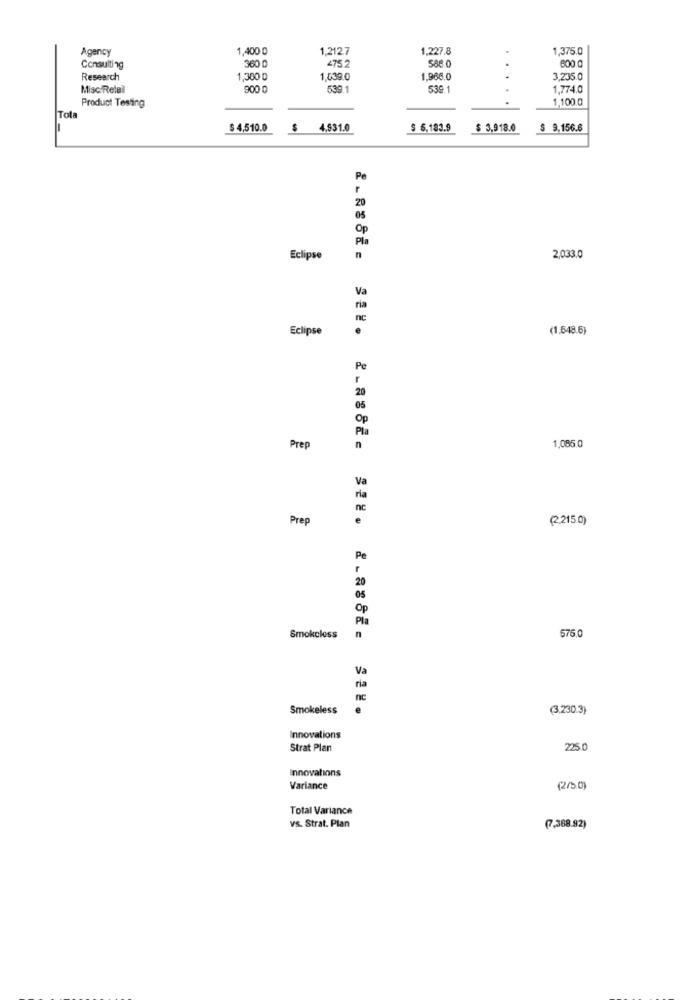
Agency
1,400 0
1,2127
1.227.8
1,375.0
360 0
588.0
Consulting
475.2
Research
1,300 0
1,039.0
1.966.0
3,235.0
Misc Retail
900 0
539.1
539.1
.
1,774.0
Product Testing
1,100.0
Tota
$ 4,510.0
$
4,931.0
$ 6,183.9
$ 3,918.0
$ 9,156.6
Pe
20
Pl
Eclipse
2,033.0
Eclipse
(1.648.6)
Pe
Prep
1,085.0
Prep
(2,215.0)
Smokeless
n
575.0
ria
nc
Smokeless
(3.230.3)
Innovations
Strat Plan
225.0
Innovations
Variance
(2/00)
Total Variance
vs. Strat. Plan
(7,368.92)